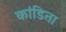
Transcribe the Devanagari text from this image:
कांडिता